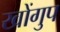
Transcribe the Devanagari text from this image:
खोंगुप